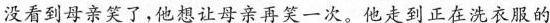
没看到母亲笑了，他想让母亲再笑一次。他走到正在洗衣服的